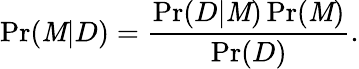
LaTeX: \operatorname*{Pr}(\mathit{M}|D)={\frac{{\operatorname*{Pr}(D|\mathit{M})\operatorname*{Pr}(\mathit{M})}}{{\operatorname*{Pr}(D)}}}.